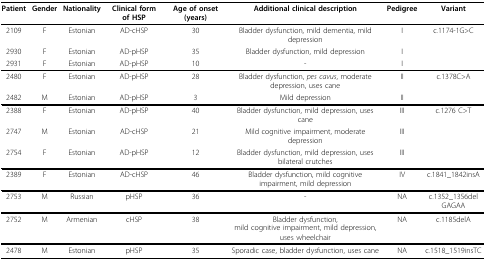
<table><thead><tr><td><b>Patient</b></td><td><b>Gender</b></td><td><b>Nationality</b></td><td><b>Clinical form of HSP</b></td><td><b>Age of onset (years)</b></td><td><b>Additional clinical description</b></td><td><b>Pedigree</b></td><td><b>Variant</b></td></tr></thead><tbody><tr><td>2109</td><td>F</td><td>Estonian</td><td>AD-cHSP</td><td>30</td><td>Bladder dysfunction, mild dementia, mild depression</td><td>I</td><td>c.1174-1G&gt;C</td></tr><tr><td>2930</td><td>F</td><td>Estonian</td><td>AD-pHSP</td><td>35</td><td>Bladder dysfunction, mild depression</td><td>I</td><td></td></tr><tr><td>2931</td><td>F</td><td>Estonian</td><td>AD-pHSP</td><td>10</td><td>-</td><td>I</td><td></td></tr><tr><td>2480</td><td>F</td><td>Estonian</td><td>AD-pHSP</td><td>28</td><td>Bladder dysfunction, <i>pes cavus</i>, moderate depression, uses cane</td><td>II</td><td>c.1378C&gt;A</td></tr><tr><td>2482</td><td>M</td><td>Estonian</td><td>AD-pHSP</td><td>3</td><td>Mild depression</td><td>II</td><td></td></tr><tr><td>2388</td><td>F</td><td>Estonian</td><td>AD-pHSP</td><td>40</td><td>Bladder dysfunction, mild depression, uses cane</td><td>III</td><td>c.1276 C&gt;T</td></tr><tr><td>2747</td><td>M</td><td>Estonian</td><td>AD-cHSP</td><td>21</td><td>Mild cognitive impairment, moderate depression</td><td>III</td><td></td></tr><tr><td>2754</td><td>F</td><td>Estonian</td><td>AD-pHSP</td><td>12</td><td>Bladder dysfunction, mild depression, uses bilateral crutches</td><td>III</td><td></td></tr><tr><td>2389</td><td>F</td><td>Estonian</td><td>AD-cHSP</td><td>46</td><td>Bladder dysfunction, mild cognitive impairment, mild depression</td><td>IV</td><td>c.1841_1842insA</td></tr><tr><td>2753</td><td>M</td><td>Russian</td><td>pHSP</td><td>36</td><td>-</td><td>NA</td><td>c.1352_1356del GAGAA</td></tr><tr><td>2752</td><td>M</td><td>Armenian</td><td>cHSP</td><td>38</td><td>Bladder dysfunction,mild cognitive impairment, mild depression, uses wheelchair</td><td>NA</td><td>c.1185delA</td></tr><tr><td>2478</td><td>M</td><td>Estonian</td><td>pHSP</td><td>35</td><td>Sporadic case, bladder dysfunction, uses cane</td><td>NA</td><td>c.1518_1519insTC</td></tr></tbody></table>